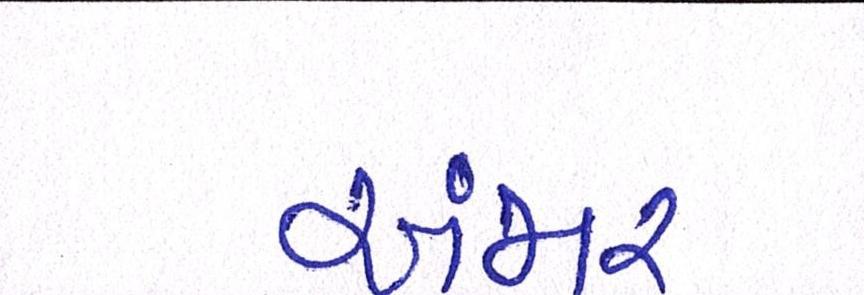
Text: અંજાર